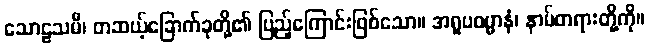
သောဠသမီ၊ တဆယ့်ခြောက်ခုတို့၏ ပြည့်ကြောင်းဖြစ်သော။ အရူပဓမ္မာနံ၊ နာမ်တရားတို့ကို။